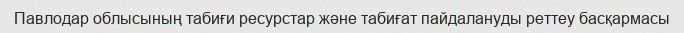
Павлодар облысының табиғи ресурстар және табиғат пайдалануды реттеу басқармасы